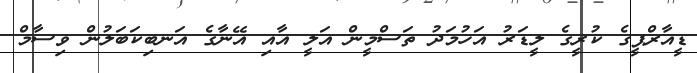
ޑީއާރްޕީގެ ކުރީގެ ލީޑަރު އަހުމަދު ތަސްމީން އަލީ އާއި އޭނާގެ އަނބިކަބަލުން ވިސާމް